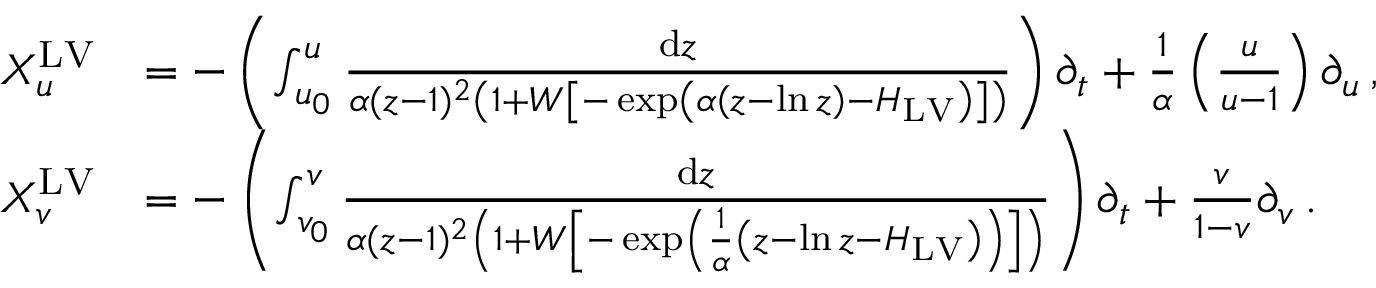
\begin{array} { r l } { X _ { u } ^ { \mathrm { L V } } } & { = - \left( \int _ { u _ { 0 } } ^ { u } \frac { \mathrm { d } z } { \alpha ( z - 1 ) ^ { 2 } \left( 1 + W \left[ - \exp \left( \alpha \left( z - \ln z \right) - H _ { \mathrm { L V } } \right) \right] \right) } \right) \partial _ { t } + \frac { 1 } { \alpha } \left( \frac { u } { u - 1 } \right) \partial _ { u } \, , } \\ { X _ { v } ^ { \mathrm { L V } } } & { = - \left( \int _ { v _ { 0 } } ^ { v } \frac { \mathrm { d } z } { \alpha ( z - 1 ) ^ { 2 } \left( 1 + W \left[ - \exp \left( \frac { 1 } { \alpha } \left( z - \ln z - H _ { \mathrm { L V } } \right) \right) \right] \right) } \right) \partial _ { t } + \frac { v } { 1 - v } \partial _ { v } \, . } \end{array}